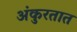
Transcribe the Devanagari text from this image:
अंकुरतात